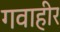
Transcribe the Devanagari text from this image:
गवाहीर